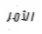
الأمر